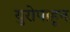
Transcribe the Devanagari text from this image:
युरोपाहून